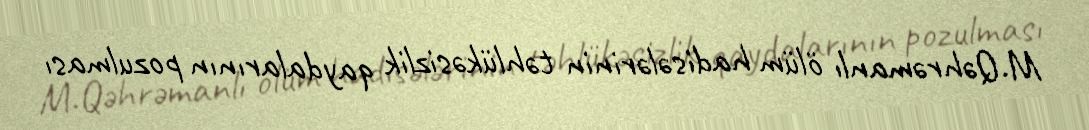
M.Qəhrəmanlı ölüm hadisələrinin təhlükəsizlik qaydalarının pozulması